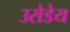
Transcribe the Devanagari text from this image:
उरोडेय